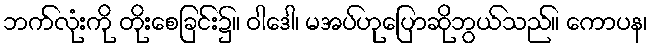
ဘက်လုံးကို တိုးစေခြင်း၌။ ဝါဒေါ၊ မအပ်ဟုပြောဆိုဘွယ်သည်။ ကောပန၊